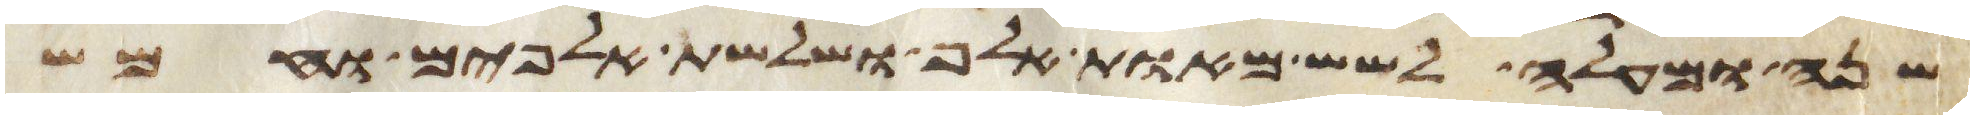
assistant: שנה ומעלה לשש מאות אלף ושלשת אלפים וחמש